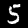
Label: 5